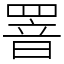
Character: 罯